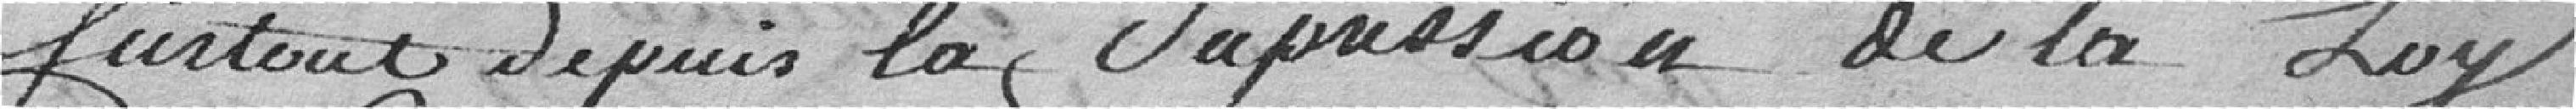
surtout depuis la suppression de la loy